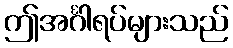
ဤအင်္ဂါရပ်များသည်